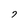
Character: 7